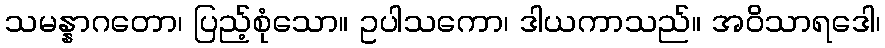
သမန္နာဂတော၊ ပြည့်စုံသော။ ဥပါသကော၊ ဒါယကာသည်။ အဝိသာရဒေါ၊